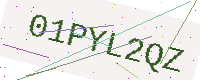
Text: 01PYL2QZ